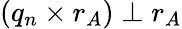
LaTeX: (q_{n}\times r_{A})\perp r_{A}